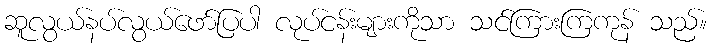
ဆူလွယ်နပ်လွယ်ဖော်ပြပါ လုပ်ငန်းများကိုသာ သင်ကြားကြကုန် သည်။